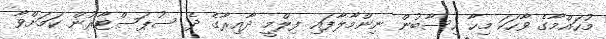
މުހައްމާގެ ވާހަކަ މިހާ ހިސާބުން ނިންމާލާފައި ފިލްމީ ދާއިރާގެ ދެ ސުޕަސްޓާރުން ކަމަށްވާ